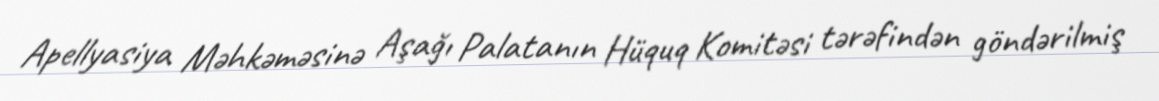
Apellyasiya Məhkəməsinə Aşağı Palatanın Hüquq Komitəsi tərəfindən göndərilmiş